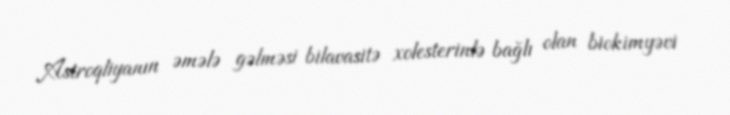
Astroqliyanın əmələ gəlməsi bilavasitə xolesterinlə bağlı olan biokimyəvi